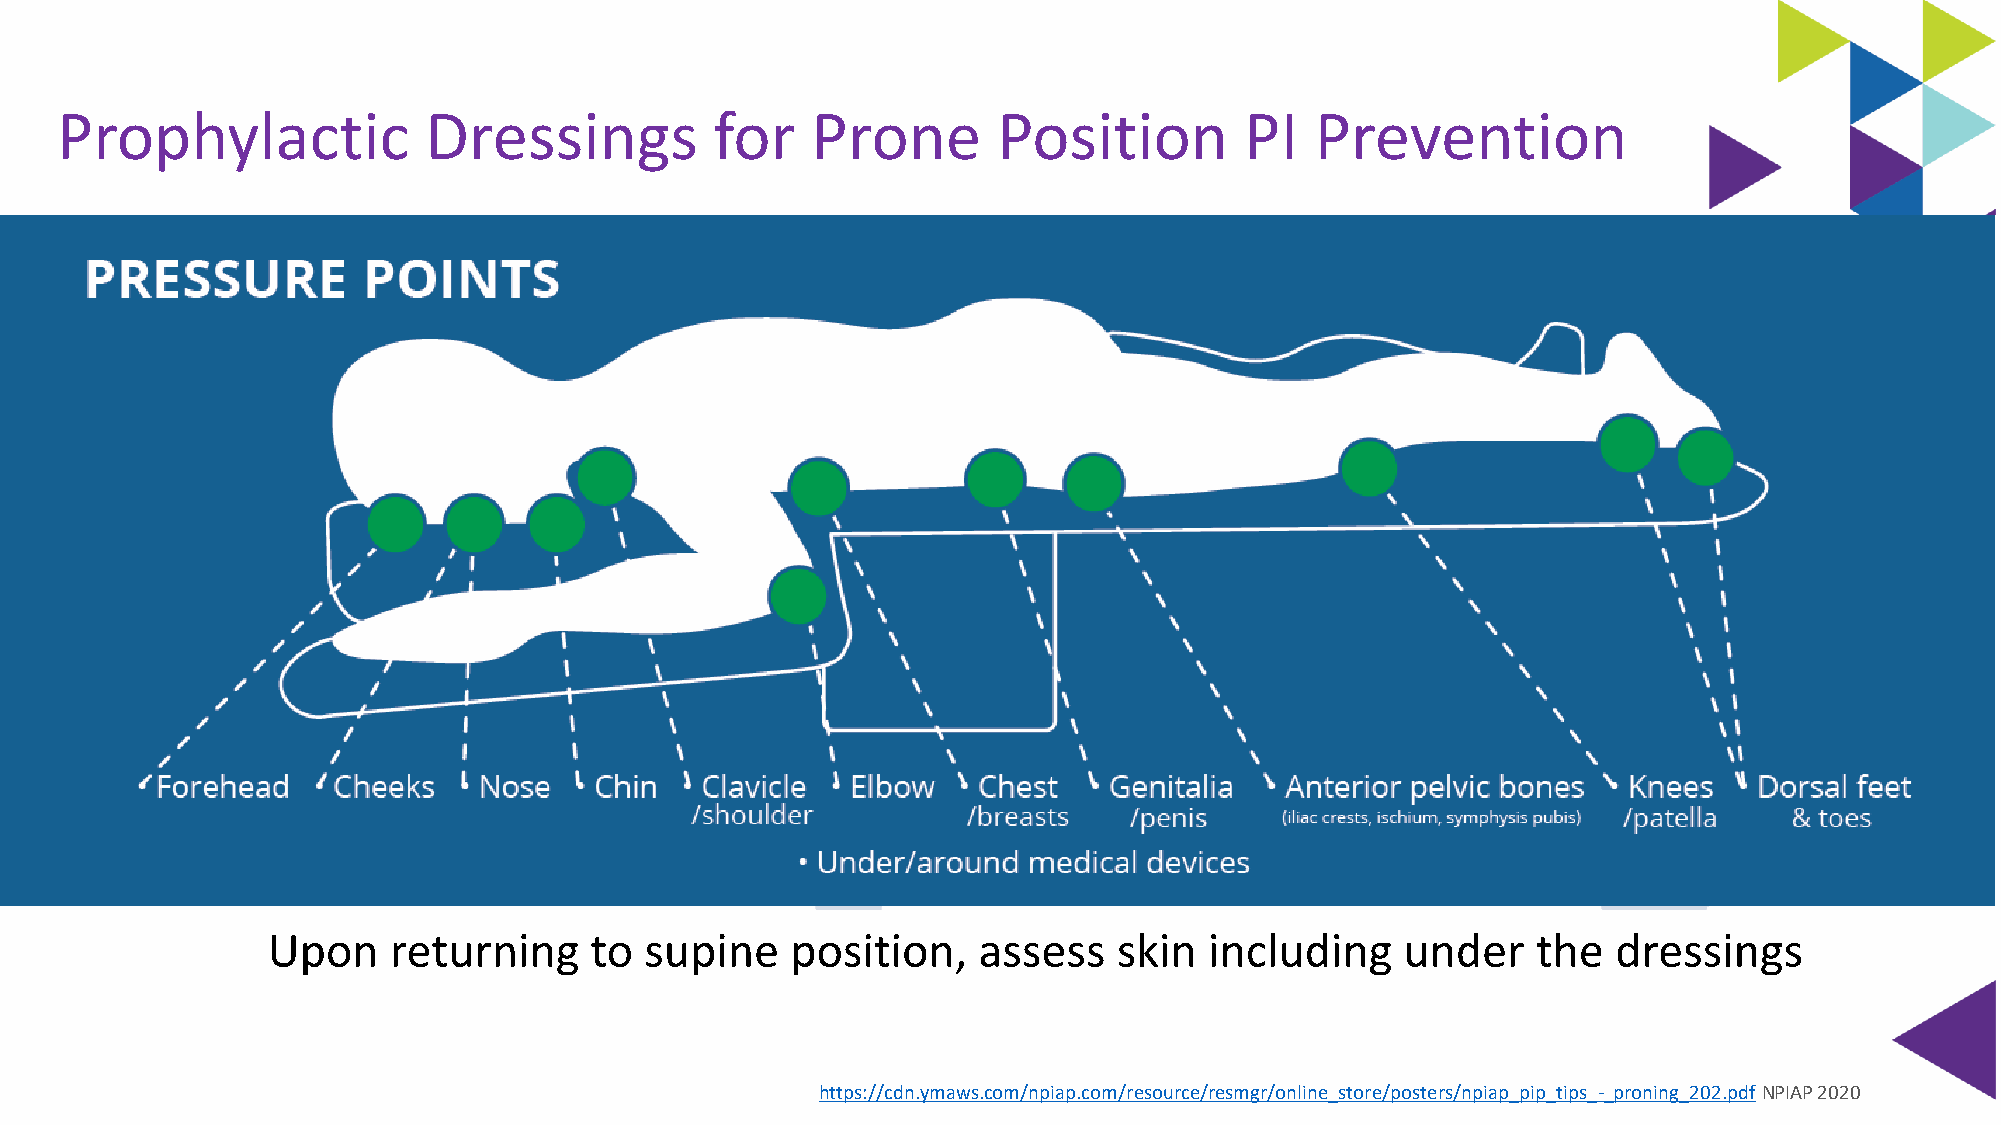
Prophylactic            Dressings          for    Prone       Position        PI   Prevention
 Upon    returning    to  supine   position,    assess   skin  including    under    the  dressings
 https://cdn.ymaws.com/npiap.com/resource/resmgr/online_store/posters/npiap_pip_tips_-_proning_202.pdfNPIAP 2020